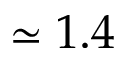
\simeq 1 . 4